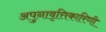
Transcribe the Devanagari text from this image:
अपुनावृत्तिकारिणी